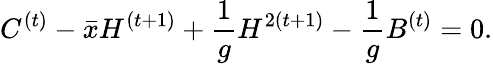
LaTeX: C^{(t)}-\bar{x}H^{(t+1)}+\frac{1}{g}H^{2(t+1)}-\frac{1}{g}B^{(t)}=0.